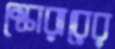
স্কোরারের